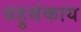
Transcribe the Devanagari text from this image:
बहुसंकाय